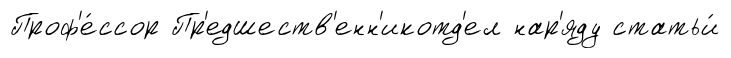
Проф'е́ссор Пр'едшеств'енн'икотд'ел нар'яду статьи́